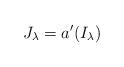
LaTeX: \begin{align*}J_\lambda = a'(I_\lambda)\end{align*}